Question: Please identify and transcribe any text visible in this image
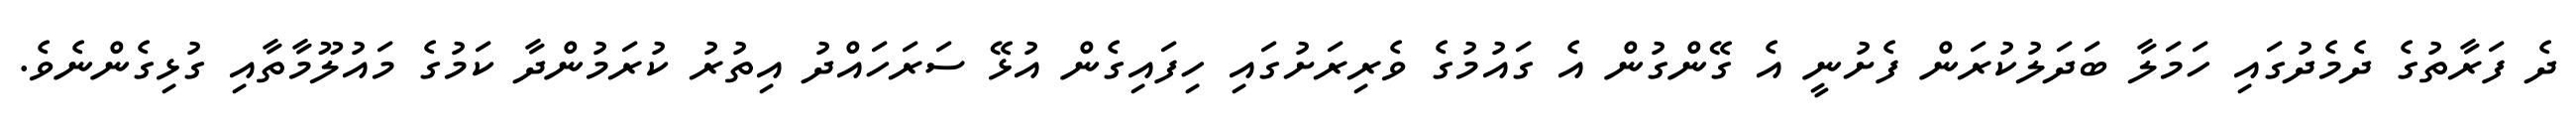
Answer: ދެ ފަރާތުގެ ދެމެދުގައި ހަމަލާ ބަދަލުކުރަން ފެށުނީ އެ ގޭންގުން އެ ގައުމުގެ ވެރިރަށުގައި ހިފައިގެން އުޅޭ ސަރަހައްދު އިތުރު ކުރަމުންދާ ކަމުގެ މައުލޫމާތާއި ގުޅިގެންނެވެ.